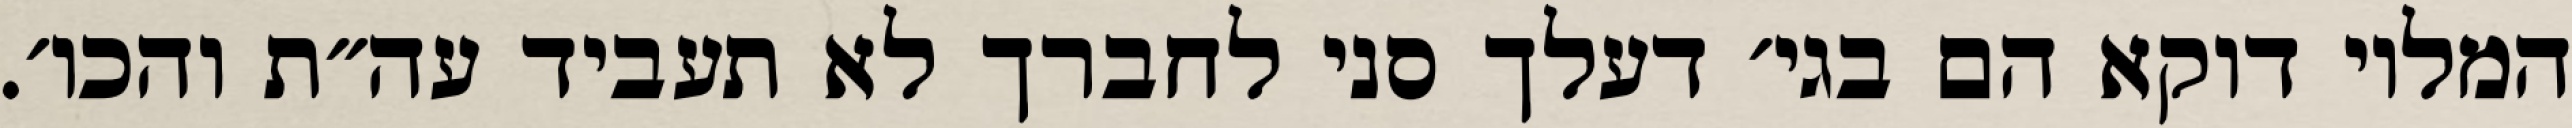
המלוי דוקא הם בגי׳ דעלך סני לחברך לא תעביד עה״ת והכו׳.